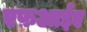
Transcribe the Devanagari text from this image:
एफ़आईए